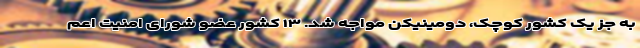
به جز یک کشور کوچک، دومینیکن مواجه شد. ۱۳ کشور عضو شورای امنیت اعم